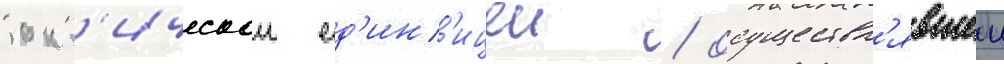
такт'ическои ед'ин'ицеи / осуществл'явшеи